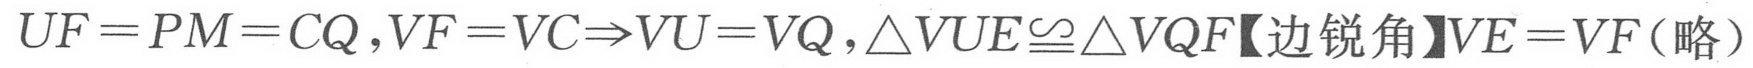
\(UF = PM = CQ,VF = VC\Rightarrow VU = VQ,\triangle VUE\cong\triangle VQF【边锐角】VE = VF(\text{略})\)